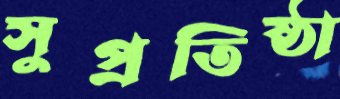
সুপ্রতিষ্ঠা